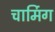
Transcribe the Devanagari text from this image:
चार्मिग